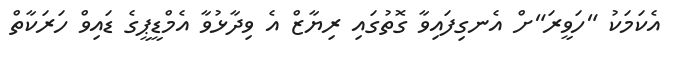
އެކަމަކު "ހަވީރަ"ށް އެނގިފައިވާ ގޮތުގައި ރިޔާޒް އެ ވިދާޅުވާ އެމްޑީޕީގެ ޑައިވް ހަރަކާތް